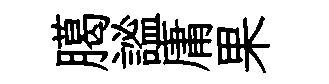
臈謐庸果